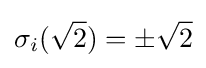
\sigma _{i}({\sqrt {2}})=\pm {\sqrt {2}}